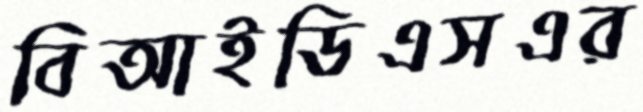
বিআইডিএসএর